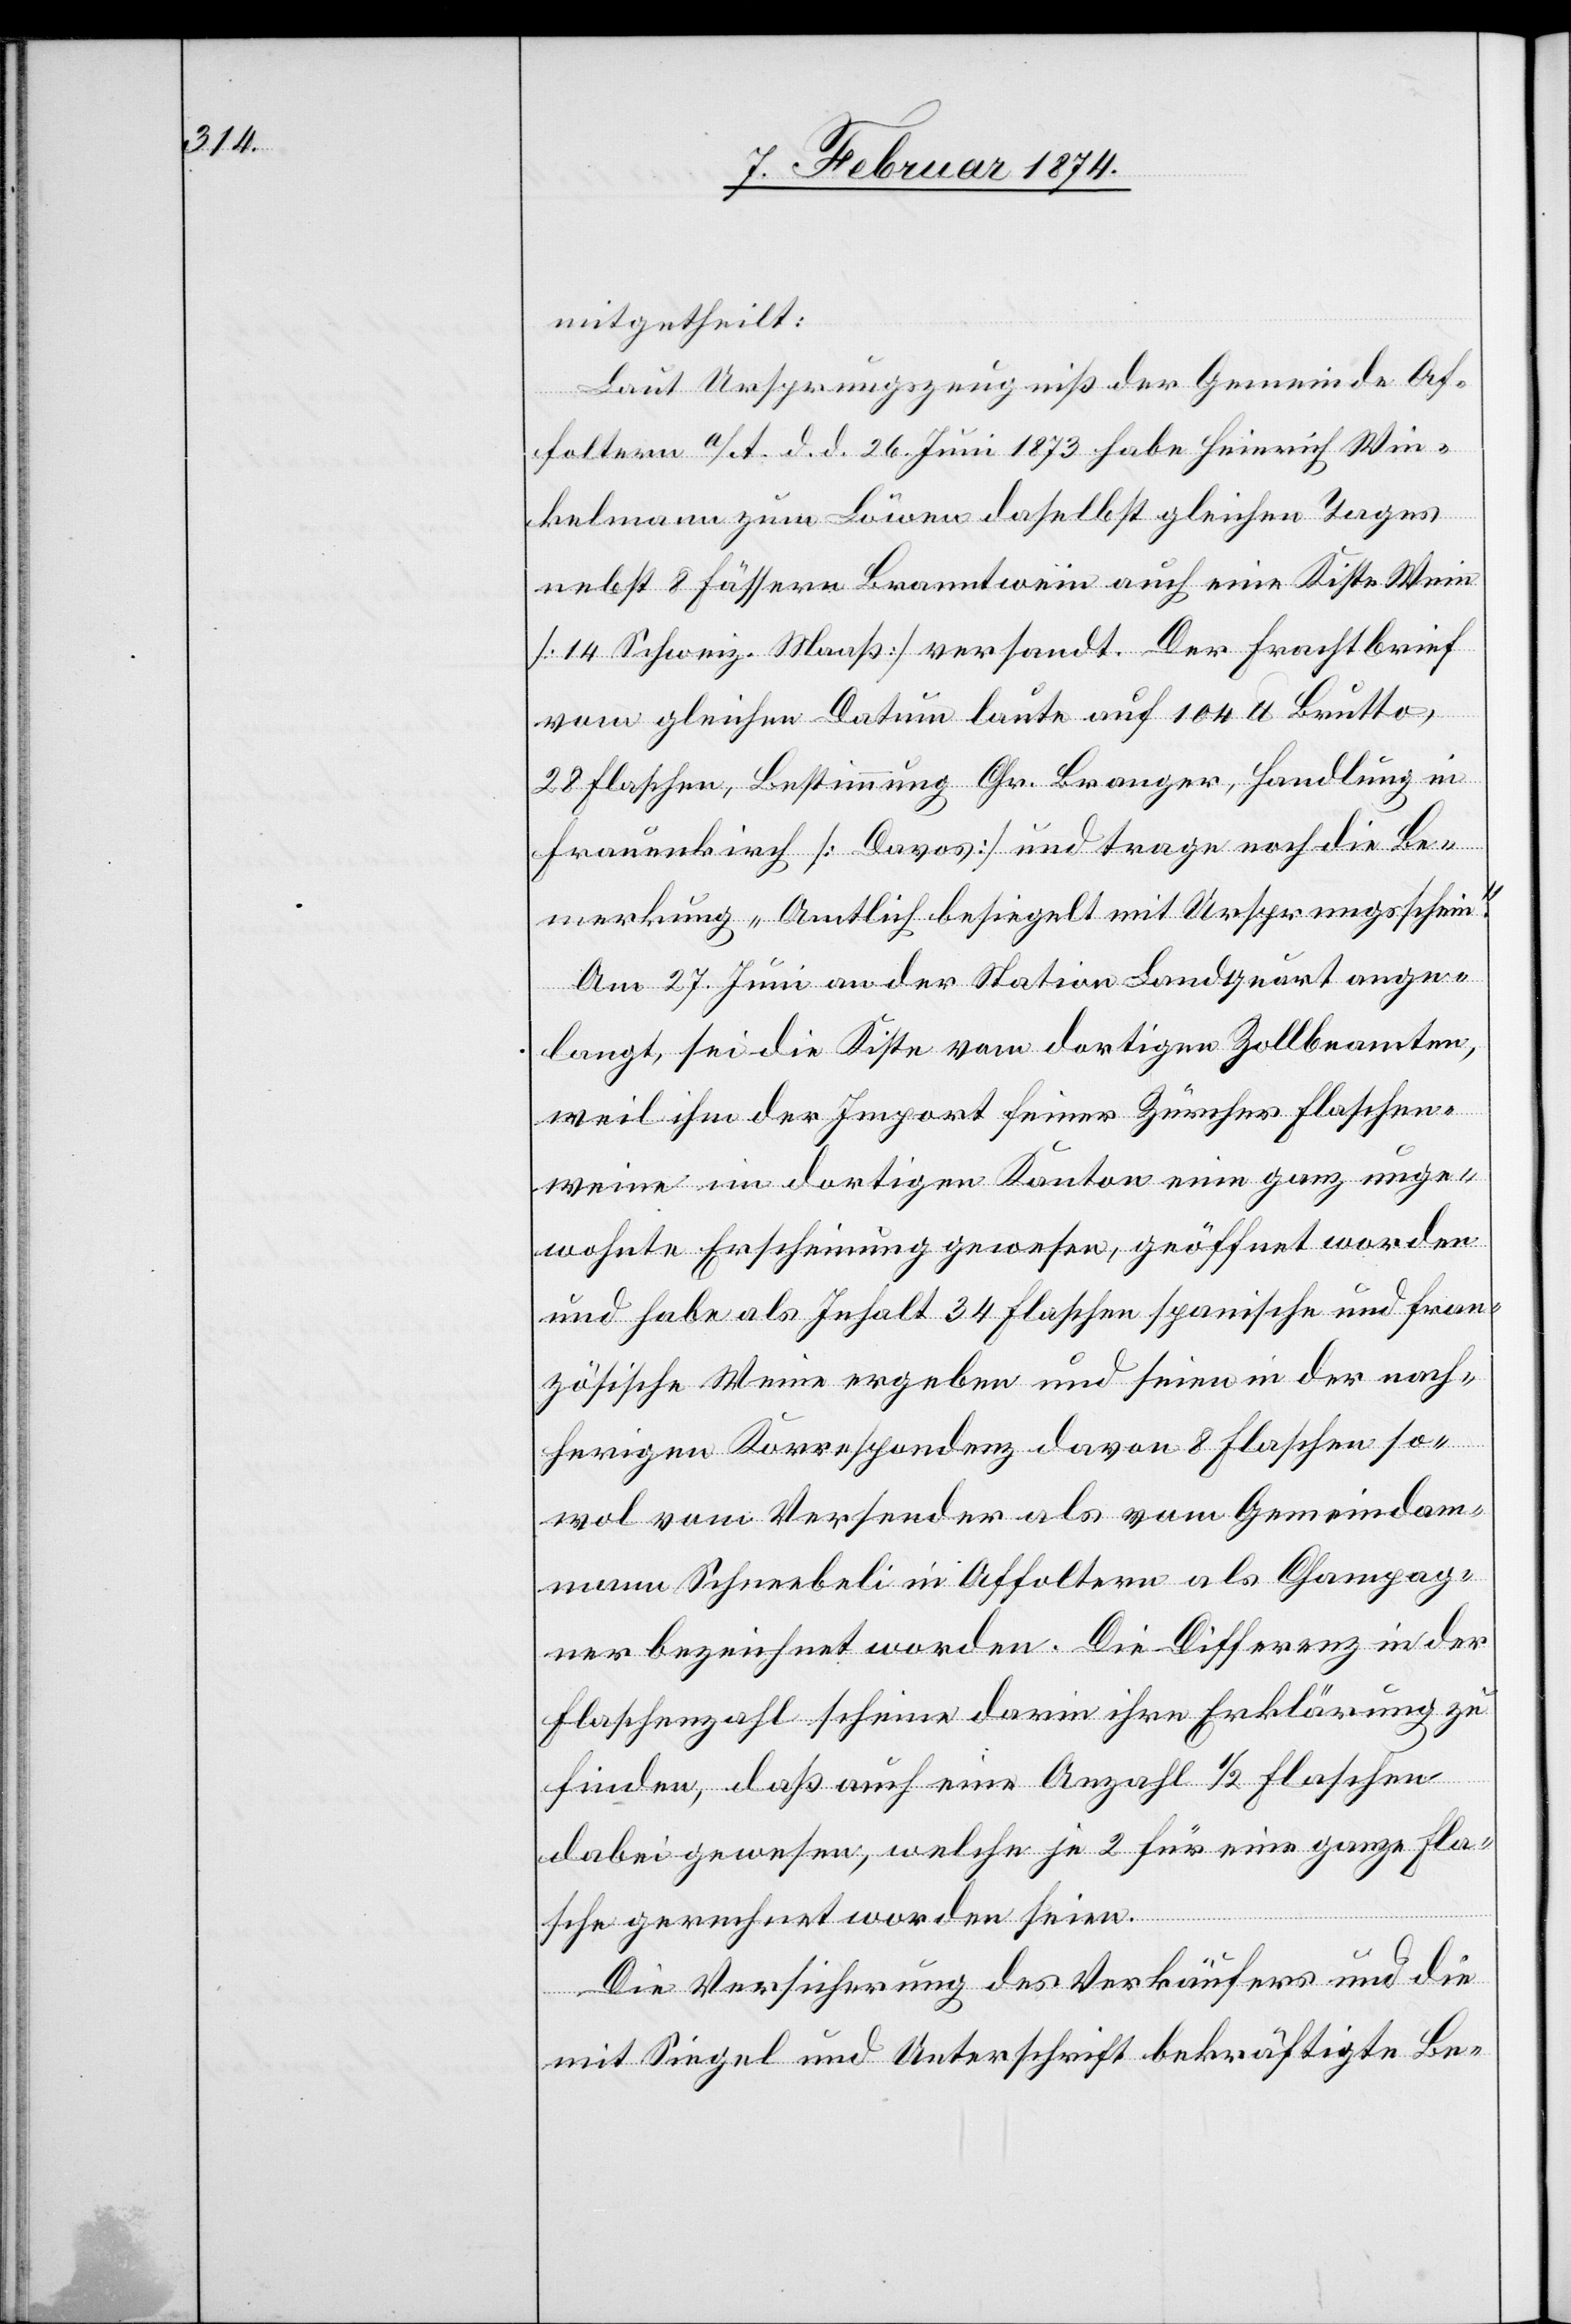
mitgetheilt:
Laut Ursprungszeugniß der Gemeinde Af¬
foltern a/A d. d. 26. Juni 1873 habe Heinrich Win¬
kelmann zum Löwen daselbst gleichen Tages
nebst 8 Fässern Branntwein auch eine Kiste Wein
[14 Schweiz. Maaß] versandt. Der Frachtbrief
vom gleichen Datum laute auf 104 lb. Brutto,
28 Flaschen, Bestimmung Chr. Branger, Handlung in
Frauenkirch [Davos] und trage noch die Be¬
merkung „Amtlich besiegelt mit Ursprungsschein“.
Am 27. Juni an der Station Landquart ange¬
langt, sei die Kiste vom dortigen Zollbeamten,
weil ihm der Import feiner Zürcher Flaschen¬
weine im dortigen Kanton eine ganz unge¬
wohnte Erscheinung gewesen, geöffnet worden
und habe als Inhalt 34 Flaschen Spanische und Fran¬
zösische Weine ergeben und seien in der nach¬
herigen Korrespondenz davon 8 Flaschen so¬
wol vom Versender als vom Gemeindam¬
mann Schneebeli in Affoltern als Champag¬
ner bezeichnet worden. Die Differenz in der
Flaschenzahl scheine darin ihre Erklärung zu
finden, daß auf eine Anzahl 1/2 Flaschen
dabei gewesen, welche je 2 für eine ganze Fla¬
sche gerechnet worden seien.
Die Versicherung des Verkäufers und die
mit Siegel und Unterschrift bekräftigte Be-